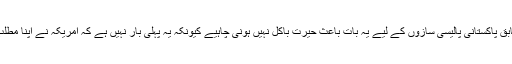
دفاعی مبصر بریگیڈیئر ریٹائرڈ سعد کے مطابق پاکستانی پالیسی سازوں کے لیے یہ بات باعث حیرت باکل نہیں ہونی چاہیے کیونکہ یہ پہلی بار نہیں ہے کہ امریکہ نے اپنا مطلب پورا ہونے پر اس خطے سے منہ موڑا ہے۔